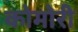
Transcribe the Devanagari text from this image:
कोमोरी